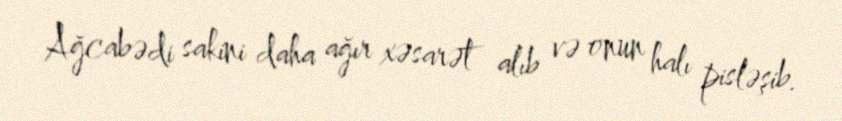
Ağcabədi sakini daha ağır xəsarət alıb və onun halı pisləşib.